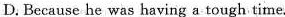
D.Because he was having a tough time.